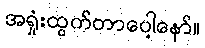
အရှုံးထွက်တာပေါ့နော်။